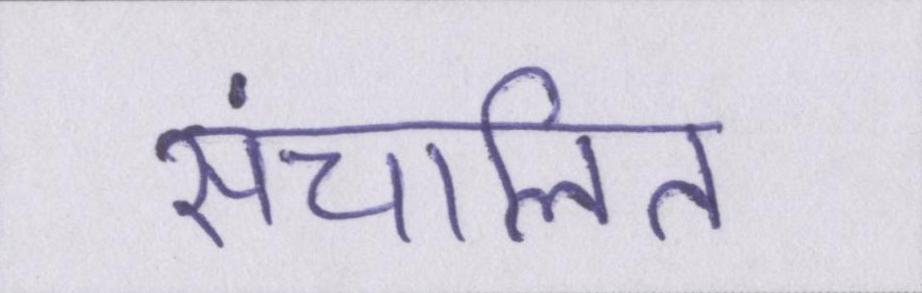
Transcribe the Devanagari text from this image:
संचालित